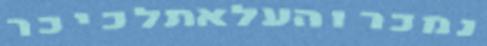
נמכרוהעלאתלכיכר